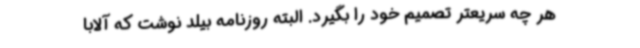
هر چه سریعتر تصمیم خود را بگیرد. البته روزنامه بیلد نوشت که آلابا